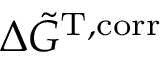
\Delta \Tilde { G } ^ { \mathrm { T , c o r r } }